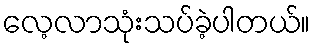
လေ့လာသုံးသပ်ခဲ့ပါတယ်။